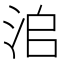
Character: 𣳨